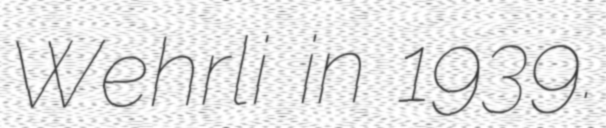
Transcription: Wehrli in 1939.